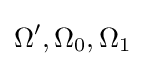
\Omega ',\Omega _{0},\Omega _{1}